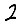
Digit: 2